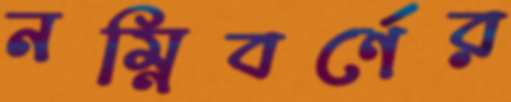
নম্নিবর্ণের